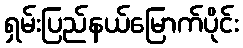
ရှမ်းပြည်နယ်မြောက်ပိုင်း